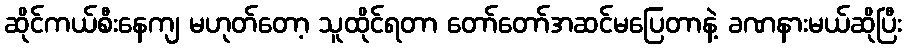
ဆိုင်ကယ်စီးနေကျ မဟုတ်တော့ သူထိုင်ရတာ တော်တော်အဆင်မပြေတာနဲ့ ခဏနားမယ်ဆိုပြီး